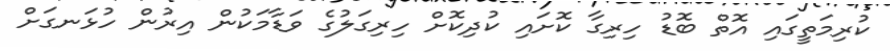
ކުރިމަތީގައި އޮތް ބޮޑު ހިރިގާ ކޮށައި ކުދިކޮށް ހިރިގަލުގެ ވަޑާމަކުން އިރުން ހުޅަނގަށް